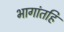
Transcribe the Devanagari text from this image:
भागांतहि